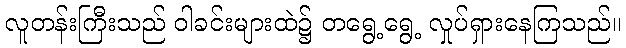
လူတန်းကြီးသည် ဝါခင်းများထဲ၌ တရွေ့ရွေ့ လှုပ်ရှားနေကြသည်။